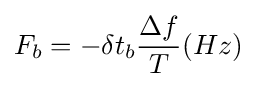
F_{b}=-\delta t_{b}{\frac {\Delta f}{T}}(Hz)